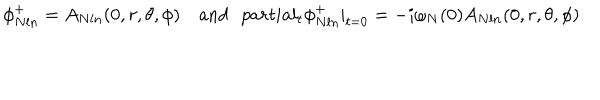
\phi _ { N l n } ^ { + } = A _ { N l n } ( 0 , r , \theta , \phi ) \mathrm { a n d } \ \ \, p a r t i a l _ { t } \phi _ { N l n } ^ { + } | _ { t = 0 } = - i \omega _ { N } ( 0 ) A _ { N l n } ( 0 , r , \theta , \phi ) .